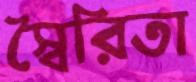
স্বৈরিতা